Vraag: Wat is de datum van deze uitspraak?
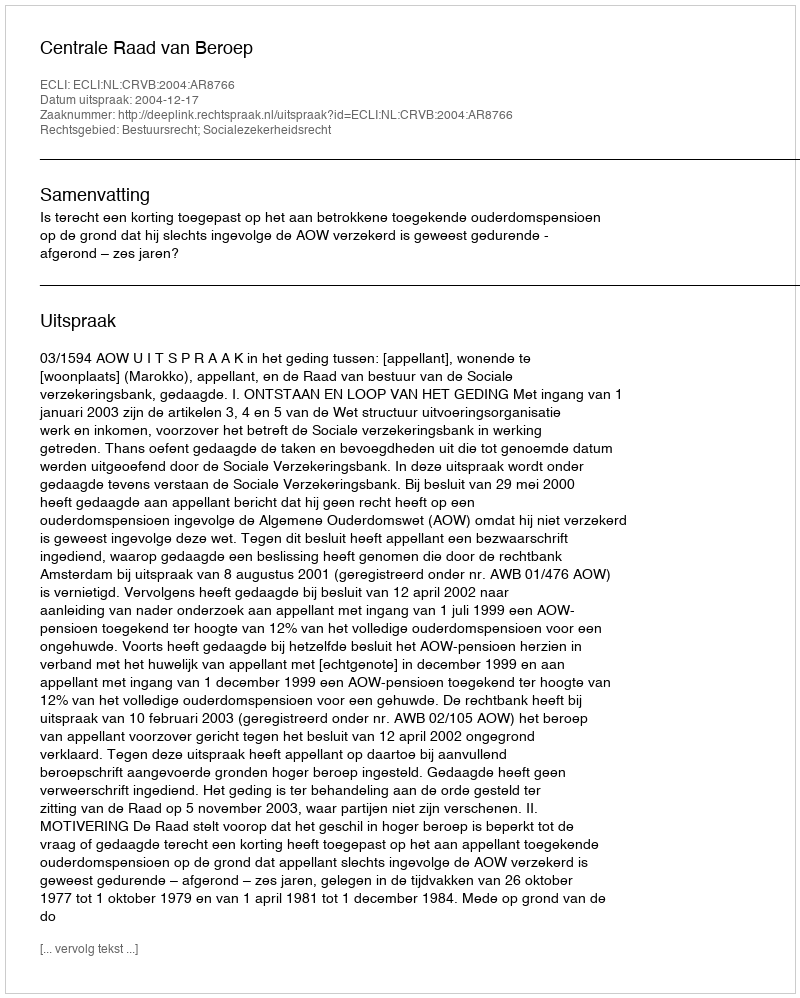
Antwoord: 2004-12-17